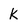
Character: k